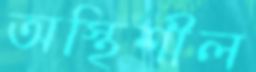
অস্থিশীল